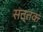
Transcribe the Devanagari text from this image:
सत्तक